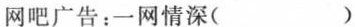
网吧广告：一网情深()